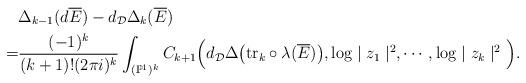
LaTeX: \begin{align*}&\Delta_{k-1}(d\overline{E})-d_\mathcal{D}\Delta_k(\overline{E})\\=&\frac{(-1)^{k}}{(k+1)!(2\pi i)^k}\int_{(\mathbb{P}^1)^k}C_{k+1}\Big(d_\mathcal{D}\Delta\big({\rm tr}_k\circ\lambda(\overline{E})\big),\log\mid z_1\mid^2,\cdots,\log\mid z_{k}\mid^2\Big).\end{align*}